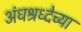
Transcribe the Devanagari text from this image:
अंधश्रध्देच्या